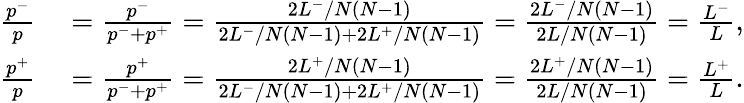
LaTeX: \begin{array}{rl}{\frac{p^{-}}{p}}&{{}=\frac{p^{-}}{p^{-}+p^{+}}=\frac{2L^{-}/N(N-1)}{2L^{-}/N(N-1)+2L^{+}/N(N-1)}=\frac{2L^{-}/N(N-1)}{2L/N(N-1)}=\frac{L^{-}}{L},}\\ {\frac{p^{+}}{p}}&{{}=\frac{p^{+}}{p^{-}+p^{+}}=\frac{2L^{+}/N(N-1)}{2L^{-}/N(N-1)+2L^{+}/N(N-1)}=\frac{2L^{+}/N(N-1)}{2L/N(N-1)}=\frac{L^{+}}{L}.}\end{array}